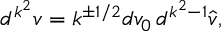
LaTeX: d ^ { k ^ { 2 } } v = k ^ { \pm 1 / 2 } d v _ { 0 } \, d ^ { k ^ { 2 } - 1 } \hat { v } ,